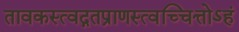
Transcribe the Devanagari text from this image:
तावकस्त्वद्गतप्राणस्त्वच्चित्तोऽहं